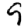
Digit: 9